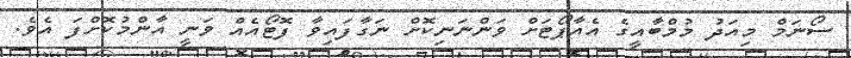
ސޯނަމް މިއަދު މުމްބާއީގެ އެއާޕޯޓަށް ވަންނަނިކޮށް ނަގާފައިވާ ފޮޓޯއެއް ވަނީ އާންމުކޮށްފަ އެވެ.